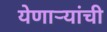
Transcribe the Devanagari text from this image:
येणार्‍यांची